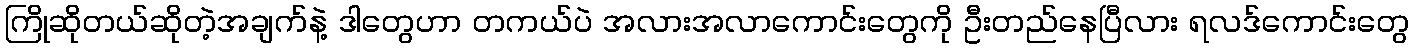
ကြိုဆိုတယ်ဆိုတဲ့အချက်နဲ့ ဒါတွေဟာ တကယ်ပဲ အလားအလာကောင်းတွေကို ဦးတည်နေပြီလား ရလဒ်ကောင်းတွေ